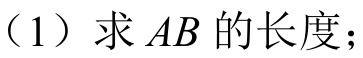
（1）求 \(AB\) 的长度；